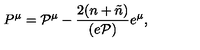
P ^ { \mu } = { \cal P } ^ { \mu } - \frac { 2 ( n + \tilde { n } ) } { ( e { \cal P } ) } e ^ { \mu } ,